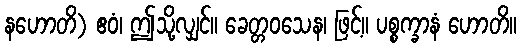
နဟောတိ) ဧဝံ၊ ဤသို့လျှင်။ ခေတ္တဝသေန၊ ဖြင့်။ ပစ္စက္ခာနံ ဟောတိ။